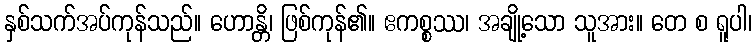
နှစ်သက်အပ်ကုန်သည်။ ဟောန္တိ၊ ဖြစ်ကုန်၏။ ဧကစ္စဿ၊ အချို့သော သူအား။ တေ စ ရူပါ၊